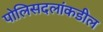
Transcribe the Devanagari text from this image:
पोलिसदलांकडील